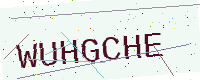
Text: WUHGCHE